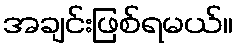
အချင်းဖြစ်ရမယ်။